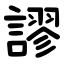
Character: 謬